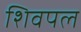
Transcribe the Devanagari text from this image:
शिवपल